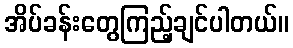
အိပ်ခန်းတွေကြည့်ချင်ပါတယ်။